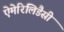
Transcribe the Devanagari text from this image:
ऐमेरिलिडैसी